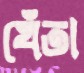
খেঁতা